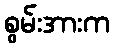
စွမ်းအားက